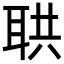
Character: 𦕠